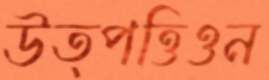
উত্পত্তিওন